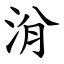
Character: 洕